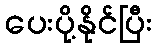
ပေးပို့နိုင်ပြီး